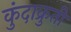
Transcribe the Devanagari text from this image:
कुंदाक्रुती